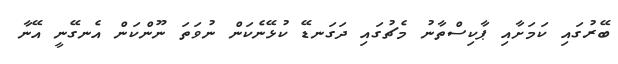
ބޭރުގައި ކަމަށާއި ޕާކިސްތާނު މެޗުގައި ދަގަނޑޭ ކުޅޭނެކަން ނުވަތަ ނޫންކަން އެނގޭނީ އޭނާ